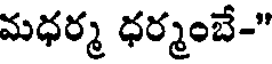
మధర్మ ధర్మంబే-"